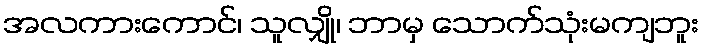
အလကားကောင်၊ သူလျှို၊ ဘာမှ သောက်သုံးမကျဘူး